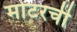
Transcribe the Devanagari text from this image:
मोटरची